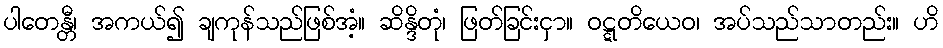
ပါတေန္တီ၊ အကယ်၍ ချကုန်သည်ဖြစ်အံ့။ ဆိန္ဒိတုံ၊ ဖြတ်ခြင်းငှာ။ ဝဋ္ဋတိယေဝ၊ အပ်သည်သာတည်း။ ဟိ